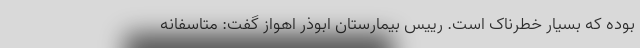
بوده که بسیار خطرناک است. رییس بیمارستان ابوذر اهواز گفت: متاسفانه